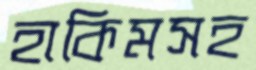
হাকিমসহ